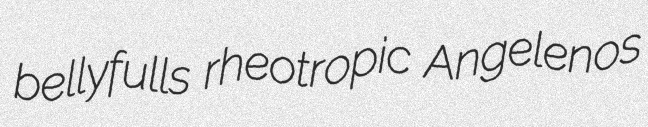
bellyfulls rheotropic Angelenos